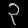
Digit: ၃